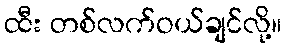
ထီး တစ်လက်ဝယ်ချင်လို့။